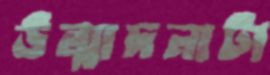
উন্মাদনাটা